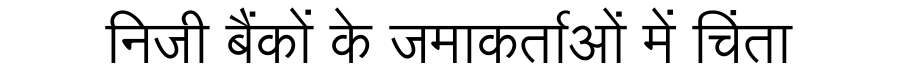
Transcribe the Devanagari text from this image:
निजी बैंकों के जमाकर्ताओं में चिंता